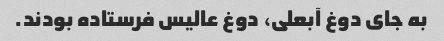
به جای دوغ آبعلی، دوغ عالیس فرستاده بودند.